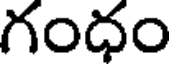
గంధం